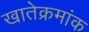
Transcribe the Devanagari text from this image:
खातेक्रमांक